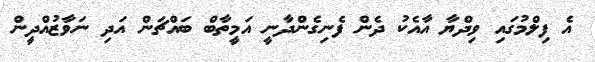
އެ ފިލްމުގައި ވިދްޔާ އާއެކު ދެން ފެނިގެންދާނީ އަމީތާބް ބައްޗަން އަދި ނަވާޒުއްދީން